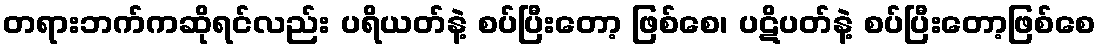
တရားဘက်ကဆိုရင်လည်း ပရိယတ်နဲ့ စပ်ပြီးတော့ ဖြစ်စေ၊ ပဋိပတ်နဲ့ စပ်ပြီးတော့ဖြစ်စေ